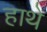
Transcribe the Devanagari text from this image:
हाथे